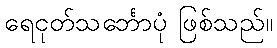
ရေငုတ်သင်္ဘောပုံ ဖြစ်သည်။